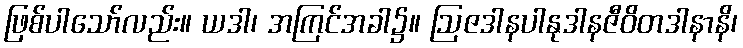
ဖြစ်ပါသော်လည်း။ ယဒါ၊ အကြင်အခါ၌။ ဩဇဒါနပါနုဒါနဇီဝိတဒါနာနိ၊